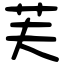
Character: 芙